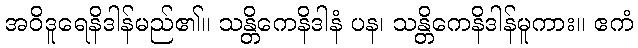
အဝိဒူရေနိဒါန်မည်၏။ သန္တိကေနိဒါနံ ပန၊ သန္တိကေနိဒါန်မူကား။ ဧကံ